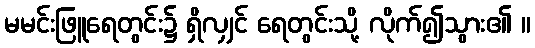
မမင်းဖြူရေတွင်း၌ ရှိလျှင် ရေတွင်းသို့ လိုက်၍သွား၏ ။